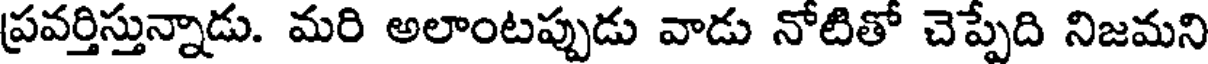
ప్రవర్తిస్తున్నాడు. మరి అలాంటప్పుడు వాడు నోటితో చెప్పేది నిజమని